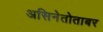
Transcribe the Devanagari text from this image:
असिनेतोताबर